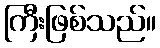
ကြီးဖြစ်သည်။